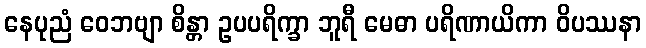
နေပုညံ ဝေဘဗျာ စိန္တာ ဥပပရိက္ခာ ဘူရီ မေဓာ ပရိဏာယိကာ ဝိပဿနာ